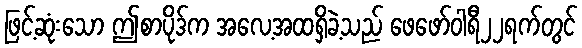
ဖြင့်ဆုံးသော ဤစာပိုဒ်က အလေ့အထရှိခဲ့သည် ဖေဖော်ဝါရီ၂၂ရက်တွင်